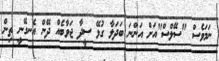
ނަމަވެސް "ސޭލްސް"އަށް އަންނަ ބަދަލާ ގުޅޭ ސީދާ ޖަވާބެއް ދޭން އެނގޭނީ ތިން